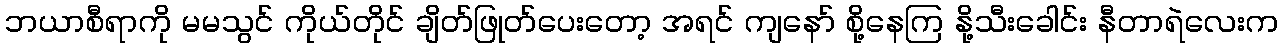
ဘယာစီရာကို မမသွင် ကိုယ်တိုင် ချိတ်ဖြုတ်ပေးတော့ အရင် ကျနော် စို့နေကြ နို့သီးခေါင်း နီတာရဲလေးက